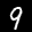
Label: 9